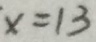
x = 1 3